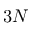
3 N